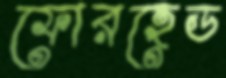
ফোরহেড